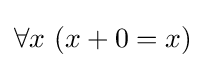
\forall x\ (x+0=x)